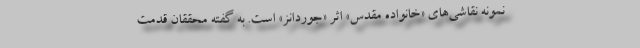
نمونه نقاشی‌های «خانواده مقدس» اثر «جوردانز» است. به گفته محققان قدمت